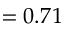
= 0 . 7 1